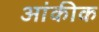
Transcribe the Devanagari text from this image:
आंकीक